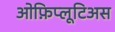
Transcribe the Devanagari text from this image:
ओफ़िप्लूटिअस